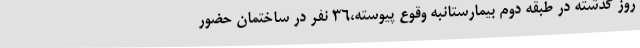
روز گذشته در طبقه دوم بیمارستانبه وقوع پیوسته،36 نفر در ساختمان حضور